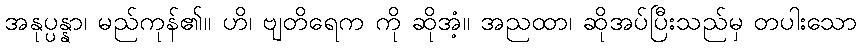
အနုပ္ပန္နာ၊ မည်ကုန်၏။ ဟိ၊ ဗျတိရေက ကို ဆိုအံ့။ အညထာ၊ ဆိုအပ်ပြီးသည်မှ တပါးသော